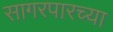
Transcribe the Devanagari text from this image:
सागरपारच्या